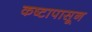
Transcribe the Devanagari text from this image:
कष्टापासून